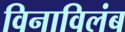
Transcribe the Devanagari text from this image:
विनाविलंब